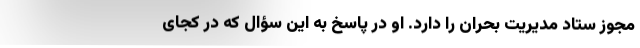
مجوز ستاد مدیریت بحران را دارد. او در پاسخ به این سؤال که در کجای